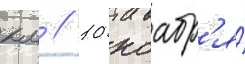
км // 10 ноабр'я́